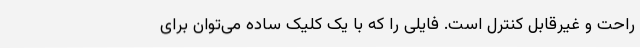
راحت و غیرقابل کنترل است. فایلی را که با یک کلیک ساده می‌توان برای